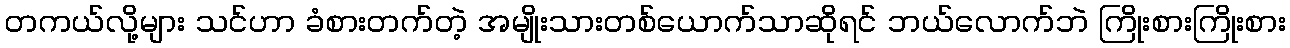
တကယ်လို့များ သင်ဟာ ခံစားတက်တဲ့ အမျိုးသားတစ်ယောက်သာဆိုရင် ဘယ်လောက်ဘဲ ကြိုးစားကြိုးစား